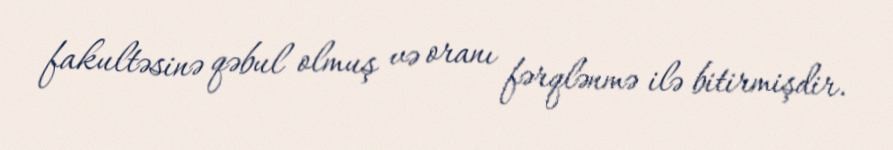
fakultəsinə qəbul olmuş və oranı fərqlənmə ilə bitirmişdir.